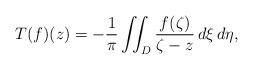
LaTeX: \begin{align*}T(f)(z) = -\frac{1}{\pi} \iint_D \frac{f(\zeta)}{\zeta - z}\, d\xi\,d\eta,\end{align*}